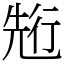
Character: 𠒣